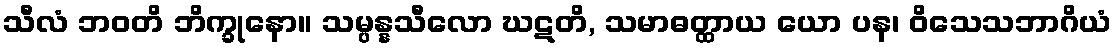
သီလံ ဘဝတိ ဘိက္ခုနော။ သမ္ပန္နသီလော ဃဋတိ, သမာဓတ္ထာယ ယော ပန၊ ဝိသေသဘာဂိယံ